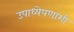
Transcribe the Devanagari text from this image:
उपाध्येपणाशी